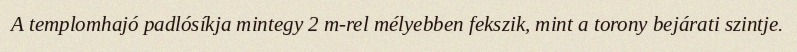
A templomhajó padlósíkja mintegy 2 m-rel mélyebben fekszik, mint a torony bejárati szintje.